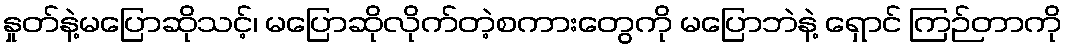
နှုတ်နဲ့မပြောဆိုသင့်၊ မပြောဆိုလိုက်တဲ့စကားတွေကို မပြောဘဲနဲ့ ရှောင် ကြဉ်တာကို